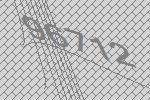
96712